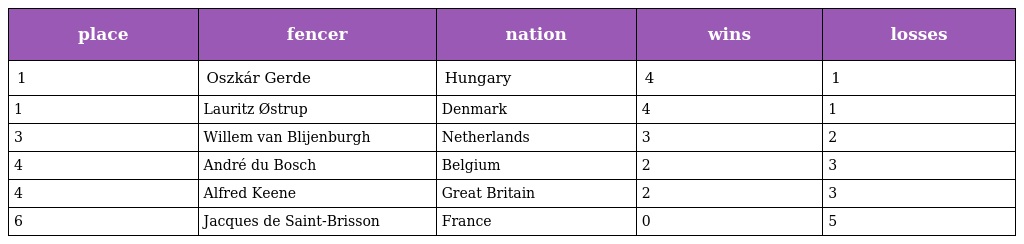
| place | fencer | nation | wins | losses |
 | --- | --- | --- | --- | --- |
 | 1 | Oszkár Gerde | Hungary | 4 | 1 |
 | 1 | Lauritz Østrup | Denmark | 4 | 1 |
 | 3 | Willem van Blijenburgh | Netherlands | 3 | 2 |
 | 4 | André du Bosch | Belgium | 2 | 3 |
 | 4 | Alfred Keene | Great Britain | 2 | 3 |
 | 6 | Jacques de Saint-Brisson | France | 0 | 5 |